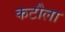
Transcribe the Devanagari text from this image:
कटौला